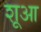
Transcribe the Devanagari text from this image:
शूआ